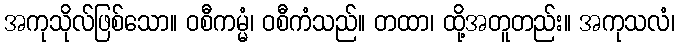
အကုသိုလ်ဖြစ်သော။ ဝစီကမ္မံ၊ ဝစီကံသည်။ တထာ၊ ထို့အတူတည်း။ အကုသလံ၊